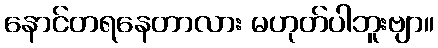
နောင်တရနေတာလား မဟုတ်ပါဘူးဗျာ။